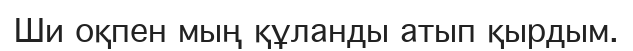
Ши оқпен мың құланды атып қырдым.